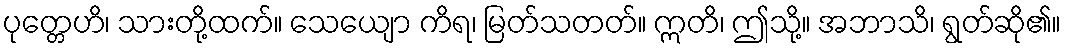
ပုတ္တေဟိ၊ သားတို့ထက်။ သေယျော ကိရ၊ မြတ်သတတ်။ ဣတိ၊ ဤသို့။ အဘာသိ၊ ရွတ်ဆို၏။